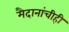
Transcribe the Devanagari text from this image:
मैदानांचीही